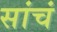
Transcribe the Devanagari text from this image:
सांचं